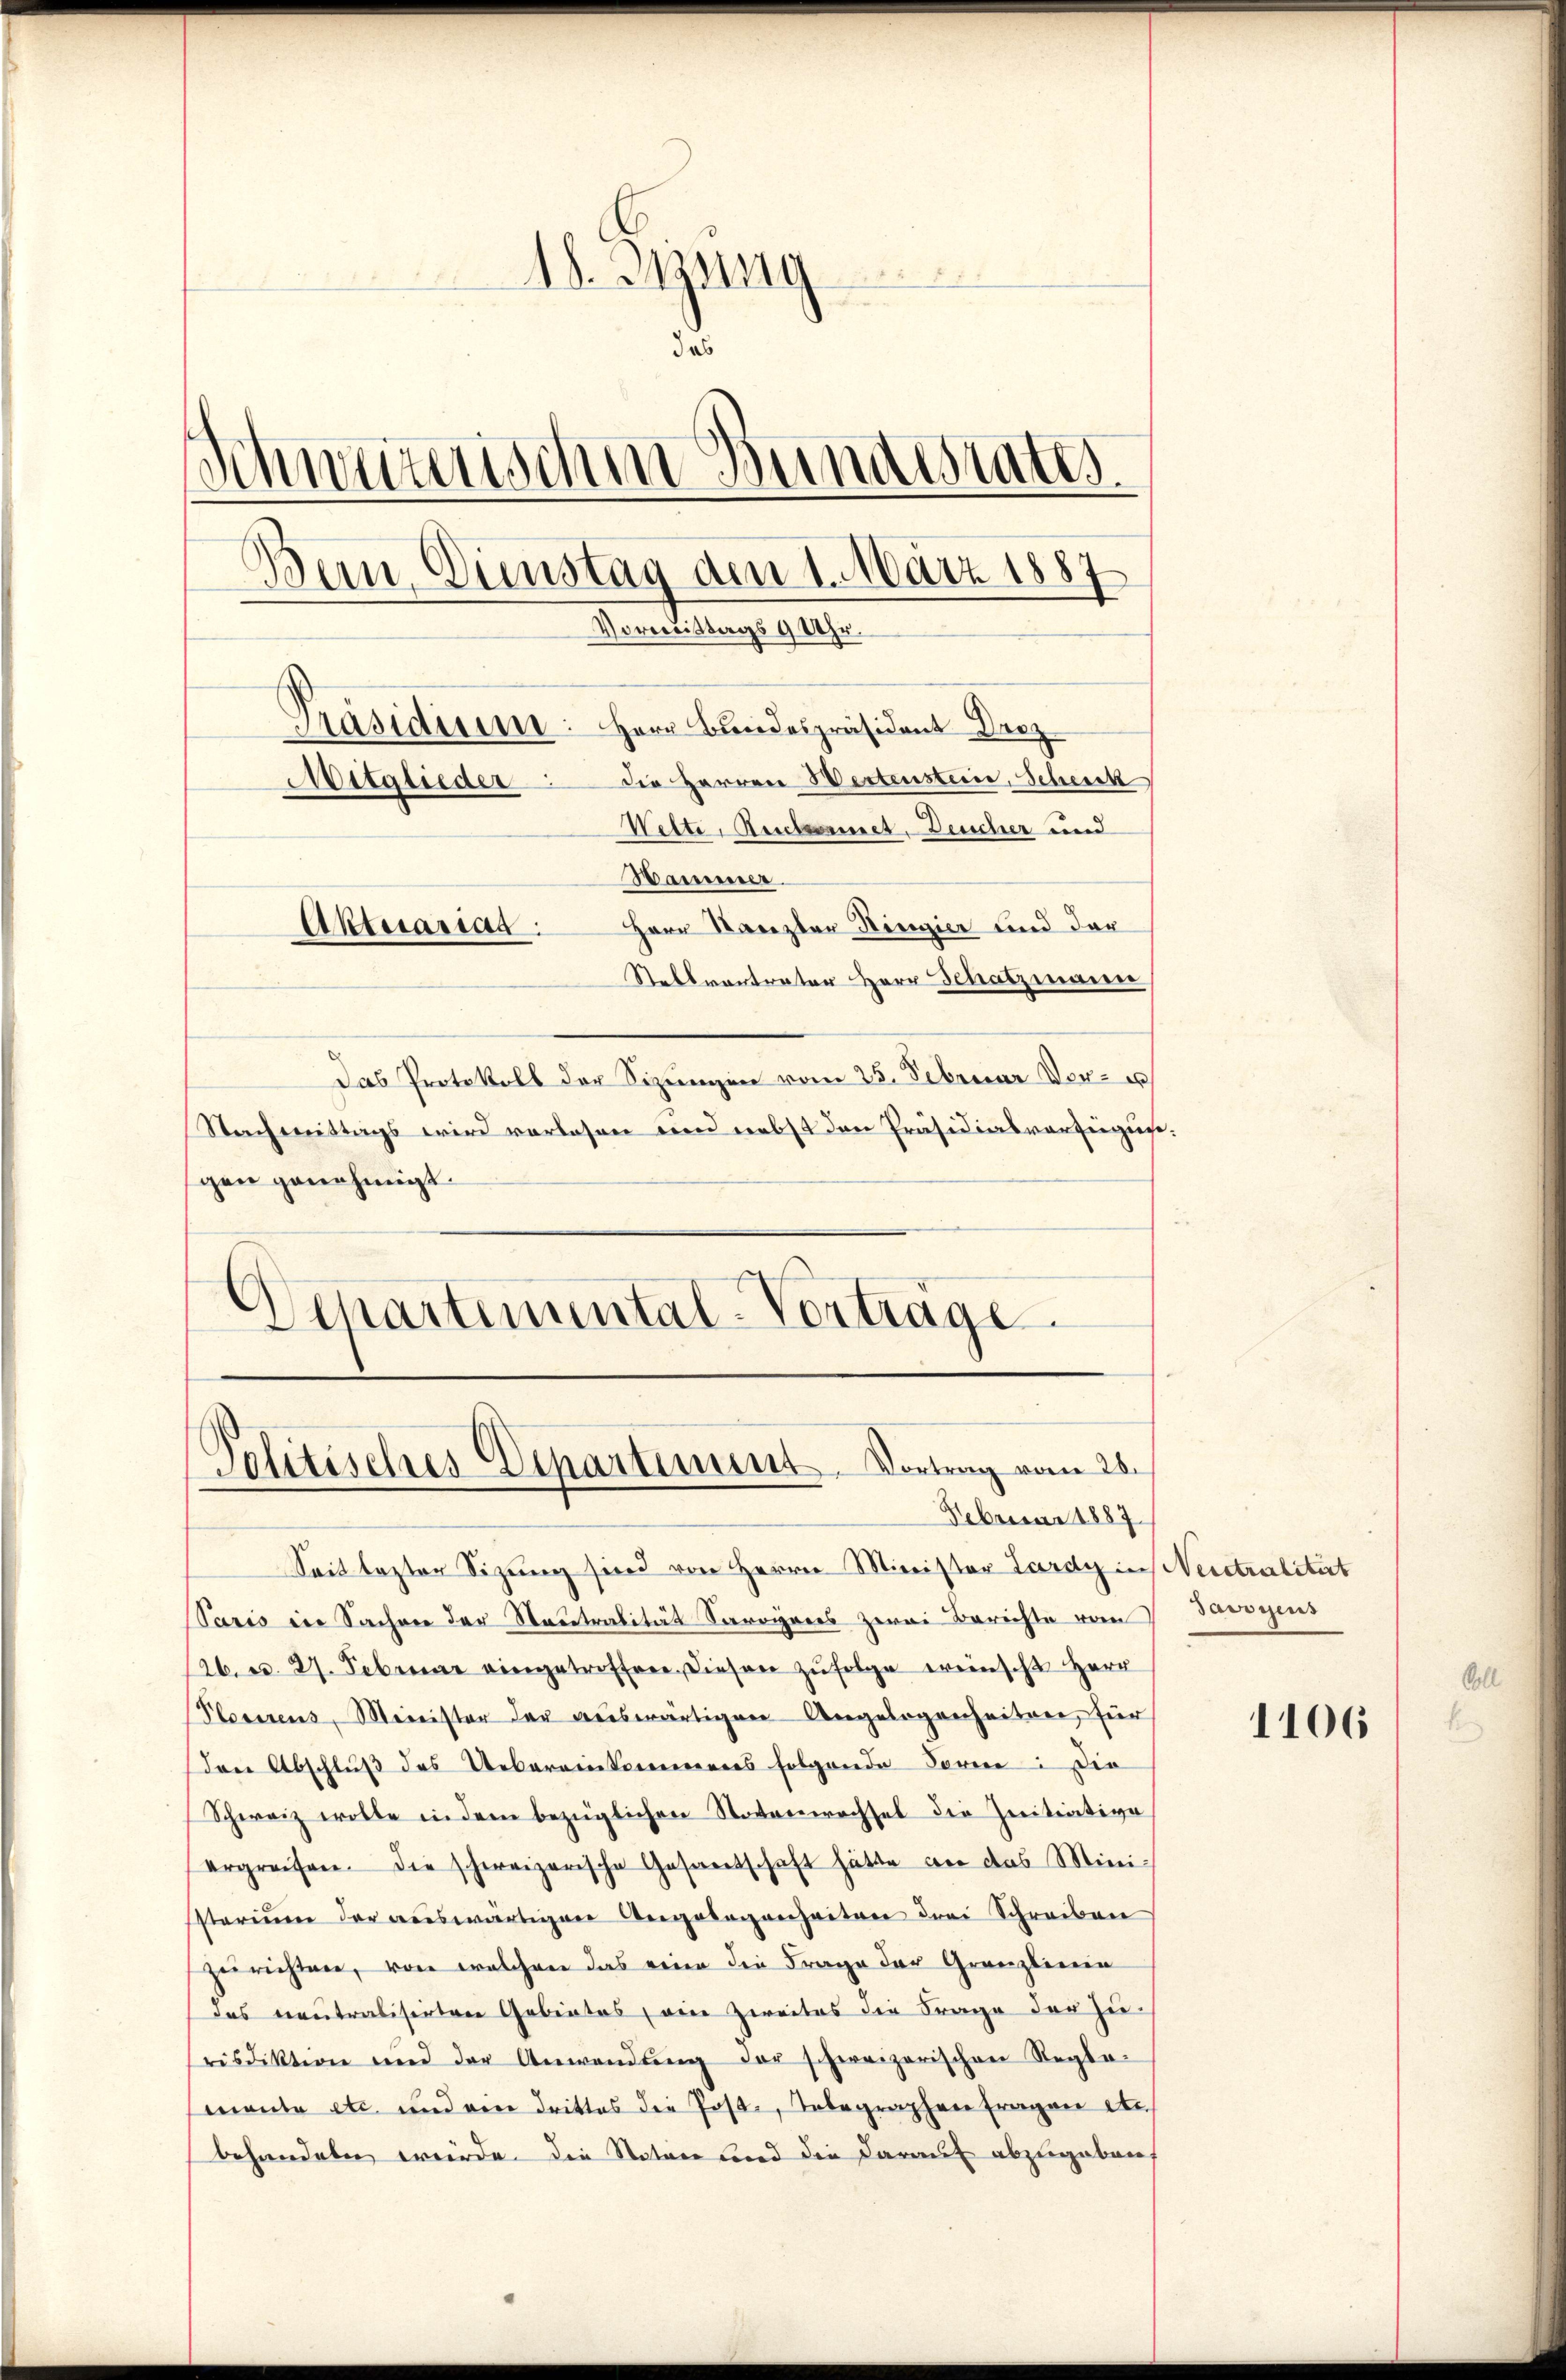
18. Gesung
das
Schweizerischen Bundestatt
Bern, Dinstag den 1. März 1887
Vormittags 9 Uhr.
Präsidium: Herr Bundespräsident Droz
Die Herren Wertenstein, Scheick
Mitglieder
Wette, Rectorennet, Deucher und
Hammener.
Aktuariat: Herr Kanzler Ringier und der
Stellvertrater Herr Schatzmann
Das Protokoll der Sizungen vom 25. Februar vor u
Nachmittags wird vorlesen und nebst den Präsidialvorsieguge.

gen genehmigt.
Schartemental-Vortrage

Pelitisches Departement. Vortrag vom 28.

Februar 1887
Seit lezter Sitzung sind von Herrn Minister Lardy in Neistralitert
Paris in Sachen der Neutralität Savoyrees zwei Berichte vom
26. u. 27. Februar eingetroffen. Diesen zufolge wünscht Herr
Plesssens, Minister der auswärtigen Angelegenheiten, für
Den Abschluß des Uebereinkommens folgende Sore: Die
Schweiz wolle in dem bezüglichen Notenwachsel die Zenitiative
ergreifen. Die schweizerische Gesandschaft hätte an das Mini-
sstorium der auswärtigen Angelegenheiten drei Schreiben
zurichten, von welchen das reine die Frage der Gränzlinein
das neutralisirten Gebietes, eine Zweites die Frage der Zurisdiktion und der Anwendŭng der schweizerischen Regle-
mante etc. und ein drittes die Post, Telegraphen fragen Anbehandeln werde. Die Stator und die darauf abzugeben,

darstens

1106